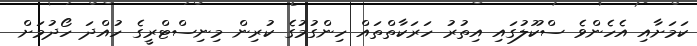
ކަމަށާއި އެހެންވެ ސްކޫލުގައި އިތުރު ހަރަކާތްތައް ހިންގުމުގެ ކުރިން މިނިސްޓްރީގެ ހުއްދަ ހޯދުމަށް